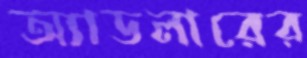
অ্যাডলারের